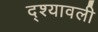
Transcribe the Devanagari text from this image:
द्श्यावली